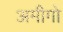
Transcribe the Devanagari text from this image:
अमीगो